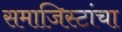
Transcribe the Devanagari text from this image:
समाजिस्टांचा